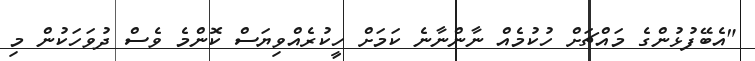
"އެބޭފުޅުންގެ މައްޗަށް ހުކުމެއް ނާންނާނެ ކަމަށް ހީކުރެއްވިޔަސް ކޮންމެ ވެސް ދުވަހަކުން މި